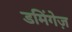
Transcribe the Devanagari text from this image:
डमिंगेज़